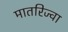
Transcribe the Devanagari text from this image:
मातरिज्वा